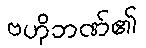
ဗဟိုဘဏ်၏